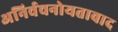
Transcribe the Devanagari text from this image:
अनिर्वचनोयतावाद